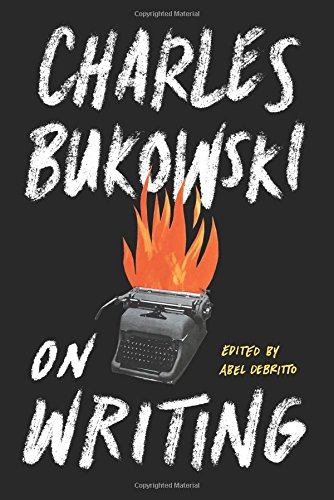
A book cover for On Writing; Charles Bukowski; Literature & Fiction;